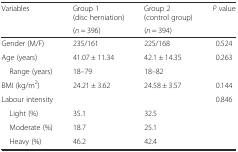
<table><thead><tr><td rowspan="2"><b>Variables</b></td><td><b>Group 1 (disc herniation)</b></td><td><b>Group 2 (control group)</b></td><td rowspan="2"><b><i>P</i> value</b></td></tr><tr><td><b>(<i>n</i> = 396)</b></td><td><b>(<i>n</i> = 394)</b></td></tr></thead><tbody><tr><td>Gender (M/F)</td><td>235/161</td><td>225/168</td><td>0.524</td></tr><tr><td>Age (years)</td><td>41.07 ± 11.34</td><td>42.1 ± 14.35</td><td>0.263</td></tr><tr><td> Range (years)</td><td>18–79</td><td>18–82</td><td></td></tr><tr><td>BMI (kg/m<sup>2</sup>)</td><td>24.21 ± 3.62</td><td>24.58 ± 3.57</td><td>0.144</td></tr><tr><td>Labour intensity</td><td></td><td></td><td rowspan="4">0.846</td></tr><tr><td> Light (%)</td><td>35.1</td><td>32.5</td></tr><tr><td> Moderate (%)</td><td>18.7</td><td>25.1</td></tr><tr><td> Heavy (%)</td><td>46.2</td><td>42.4</td></tr></tbody></table>